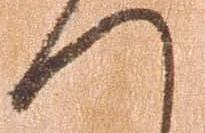
へ